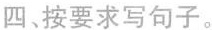
四、按要求写句子。